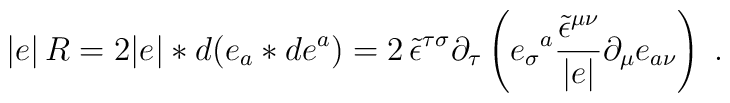
|e|\, R=2|e|\ast d(e_{a}\ast de^{a})=2\, \tilde{\epsilon }^{\tau \sigma }\partial _{\tau }\left( e_{\sigma }{}^{a}\frac{\tilde{\epsilon }^{\mu \nu }}{|e|}\partial _{\mu }e_{a\nu }\right) \; .